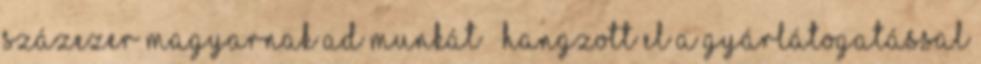
százezer magyarnak ad munkát ‒ hangzott el a gyárlátogatással